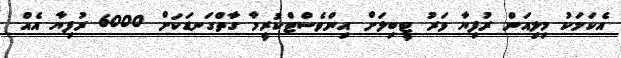
އެކަމަކު މިލިއަން ރުފިޔާ ވަރު ޓީބިލަށް އިންވެސްޓްކުރީމާ ގާތްގަނޑަކަށް 6000 ރުފިޔާ އެއް